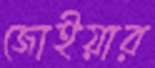
জোইয়ার